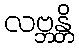
လဗ္ဘန္တိ